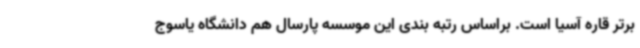
برتر قاره آسیا است. براساس رتبه بندی این موسسه پارسال هم دانشگاه یاسوج